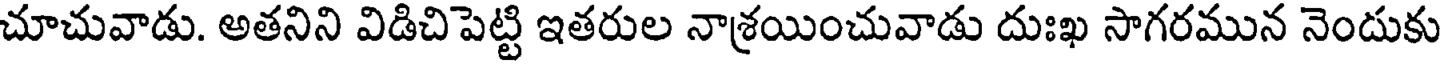
చూచువాడు. అతనిని విడిచిపెట్టి ఇతరుల నాశ్రయించువాడు దుఃఖ సాగరమున నెందుకు